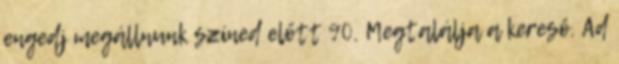
engedj megállnunk színed előtt 90. Megtalálja a kereső. Ad